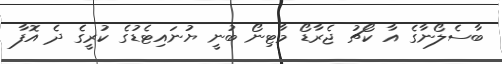
ބާސެލޯނާގެ އާ ކޯޗު ޖެރާޑޯ މާޓިނޯ ބުނީ ޔުނައިޓެޑުގެ ކުރީގެ ދެ އޮފާ